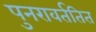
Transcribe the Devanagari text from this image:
पुनरावर्ततित